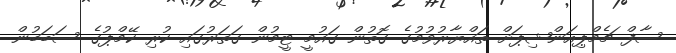
ސާފް ޗެމްޕިއަންޝިޕަށް ތައްޔާރުވުމުގެ ގޮތުން ގައުމީ ޓީމުން ގަތަރުގައި ކުރި ކޭމްޕުގެ ސަބަބުން